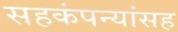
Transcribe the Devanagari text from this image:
सहकंपन्यांसह